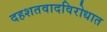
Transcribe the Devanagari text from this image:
दहशतवादविरोधात